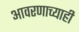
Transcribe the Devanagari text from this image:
आवरणाच्याही